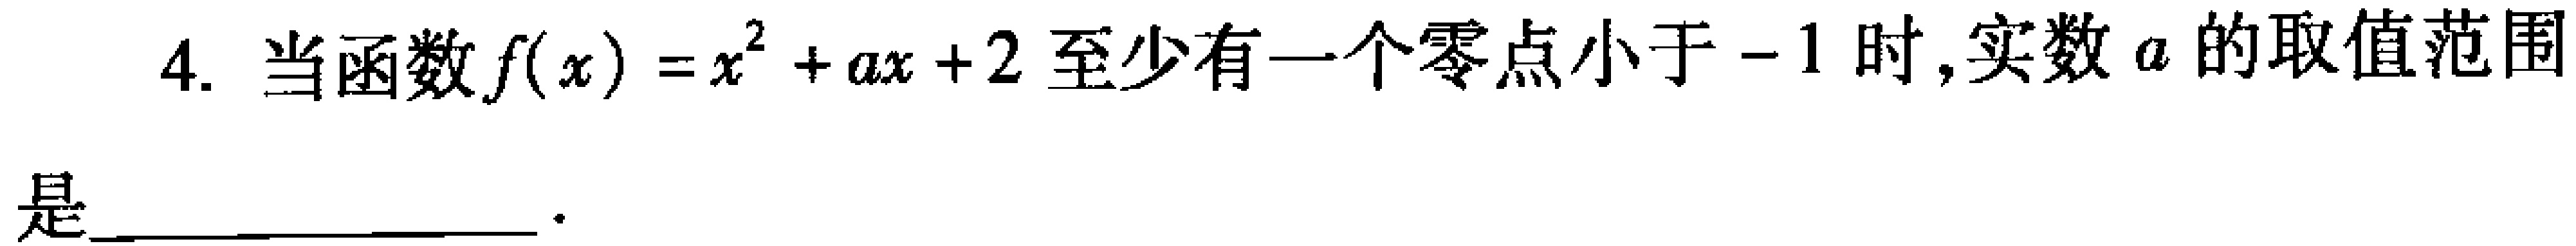
4. 当函数\(f(x)=x^{2}+ax + 2\)至少有一个零点小于\(-1\)时,实数\(a\)的取值范围是___ 。